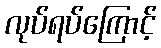
လုပ်ရပ်ကြောင့်